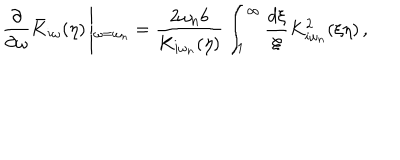
LaTeX: \frac { \partial } { \partial \omega } \bar { K } _ { i \omega } ( \eta ) \left| _ { \omega = \omega _ { n } } = \frac { 2 \omega _ { n } b } { K _ { i \omega _ { n } } ( \eta ) } \int _ { 1 } ^ { \infty } \frac { d \xi } { \xi } K _ { i \omega _ { n } } ^ { 2 } ( \xi \eta ) \right. ,